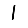
Digit: 1